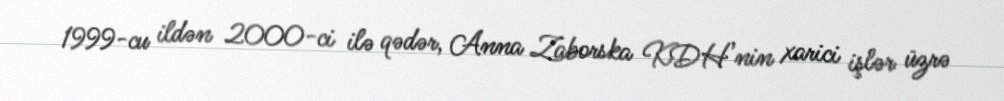
1999-cu ildən 2000-ci ilə qədər, Anna Zaborska KDH’nin xarici işlər üzrə